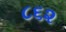
૮૬૨